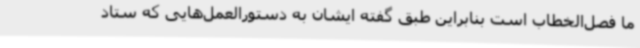
ما فصل‌الخطاب است بنابراین طبق گفته ایشان به دستورالعمل‌هایی که ستاد